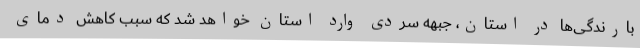
بارندگی‌ها در استان، جبهه سردی وارد استان خواهد شد که سبب کاهش دمای